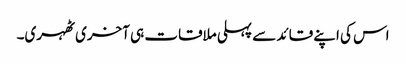
اس کی اپنے قائد سے پہلی ملاقات ہی آخری ٹھہری۔